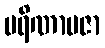
ပရိဏာမဇာ